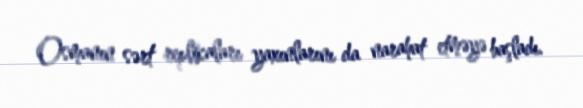
Osmanın sərt replikaları yaxınlarını da narahat etməyə başladı.